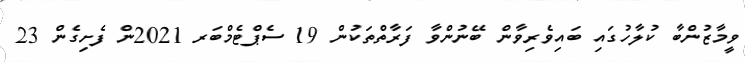
ވީމާޒުންބާ ކުލާހުގައި ބައިވެރިވާން ބޭނުންވާ ފަރާތްތަކުން 19 ސެޕްޓެމްބަރ 2021ން ފެށިގެން 23